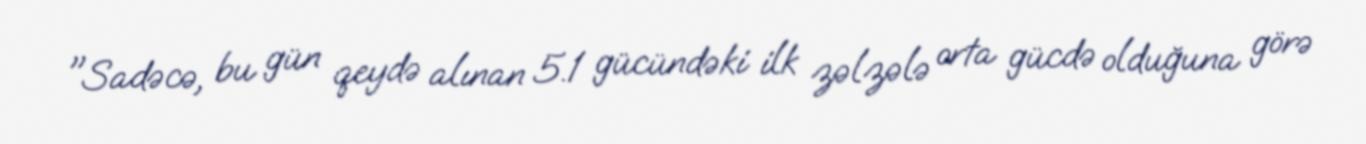
"Sadəcə, bu gün qeydə alınan 5.1 gücündəki ilk zəlzələ orta gücdə olduğuna görə